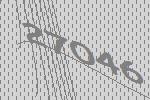
27046